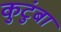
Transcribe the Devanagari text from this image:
कुटुंबा